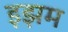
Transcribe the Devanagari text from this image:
इझम